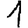
Digit: 1